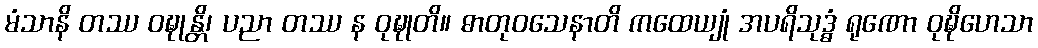
မံသာနိ တဿ ဝဍ္ဎုန္တိ၊ ပညာ တဿ န ဝုဍ္ဎုတိ။ ဓာတုဝသေနာတိ ကထေယျုံ အပရိသုဒ္ဓံ ရုဏော ဝုဍ္ဎိဟေသာ